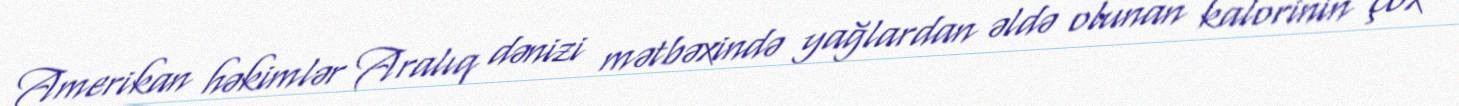
Amerikan həkimlər Aralıq dənizi mətbəxində yağlardan əldə olunan kalorinin çox